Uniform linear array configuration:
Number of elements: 12
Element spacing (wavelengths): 0.5
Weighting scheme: uniform
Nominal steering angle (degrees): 0
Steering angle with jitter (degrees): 1.558
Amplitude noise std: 0.05
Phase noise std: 0.05

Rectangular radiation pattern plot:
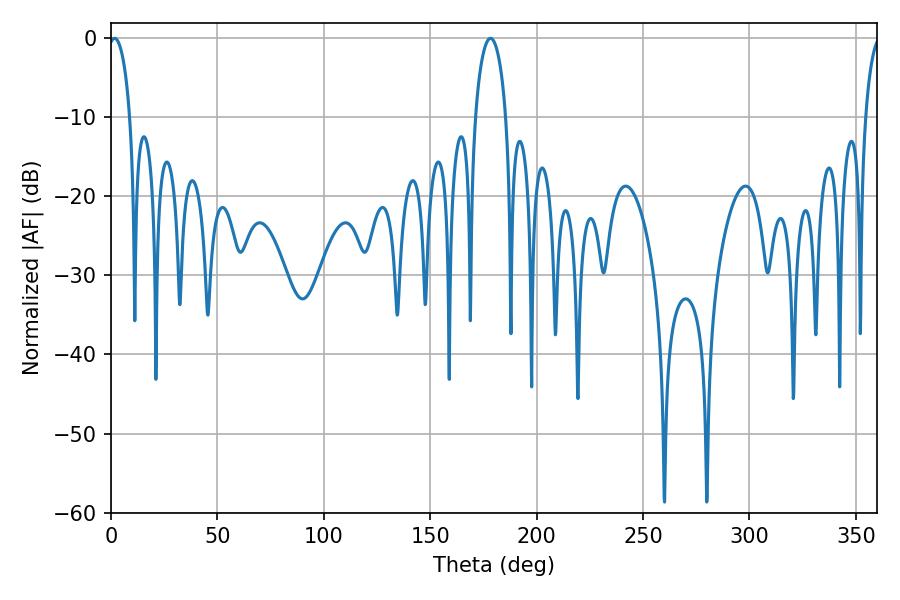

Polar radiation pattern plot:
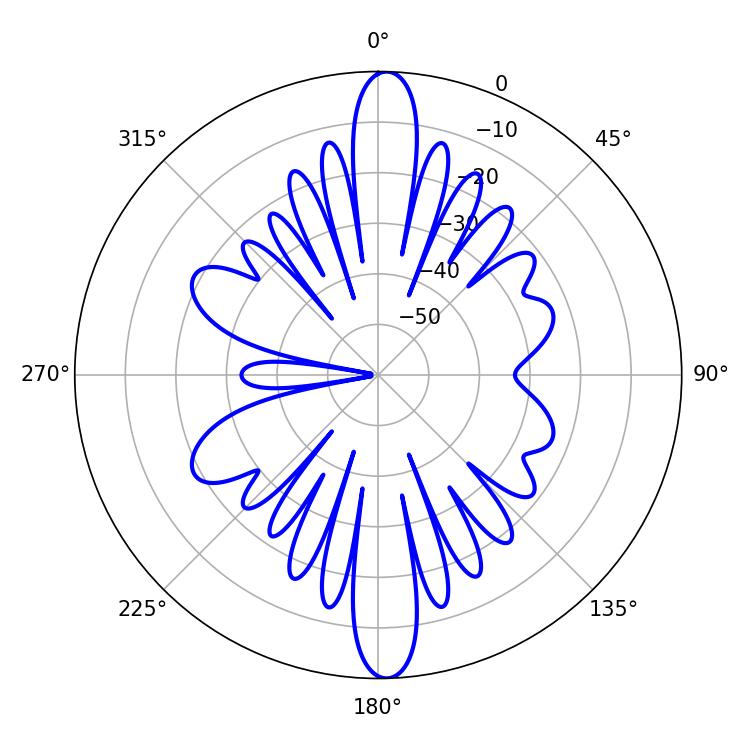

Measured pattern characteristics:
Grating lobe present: FALSE
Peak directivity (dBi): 23.132
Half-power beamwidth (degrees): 5.76
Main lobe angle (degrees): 1.62